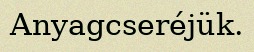
Anyagcseréjük.